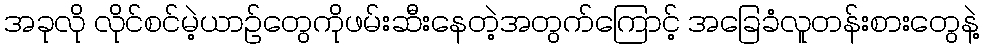
အခုလို လိုင်စင်မဲ့ယာဉ်တွေကိုဖမ်းဆီးနေတဲ့အတွက်ကြောင့် အခြေခံလူတန်းစားတွေနဲ့